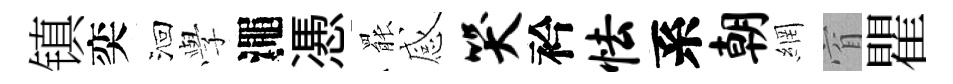
镇奕洄𫝯澠慿罷感哭衿怯系朝網窅瞿